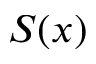
S ( x )